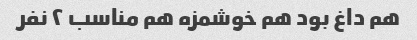
هم داغ بود هم خوشمزه هم مناسب ۲ نفر